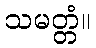
သမတ္တံ။